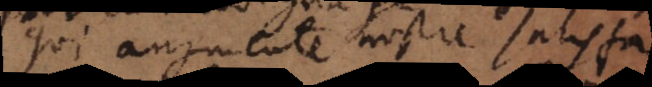
qui augmente nostre satisfaction.